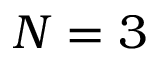
N = 3